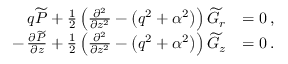
\begin{array} { r l } { q \widetilde { P } + \frac { 1 } { 2 } \left( \frac { \partial ^ { 2 } } { \partial z ^ { 2 } } - \left( q ^ { 2 } + \alpha ^ { 2 } \right) \right) \widetilde { G } _ { r } } & { = 0 \, , } \\ { - \, \frac { \partial \widetilde { P } } { \partial z } + \frac { 1 } { 2 } \left( \frac { \partial ^ { 2 } } { \partial z ^ { 2 } } - \left( q ^ { 2 } + \alpha ^ { 2 } \right) \right) \widetilde { G } _ { z } } & { = 0 \, . } \end{array}